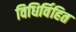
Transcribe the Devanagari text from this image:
विधिर्विहित